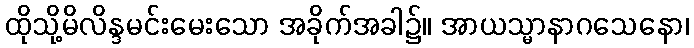
ထိုသို့မိလိန္ဒမင်းမေးသော အခိုက်အခါ၌။ အာယသ္မာနာဂသေနော၊